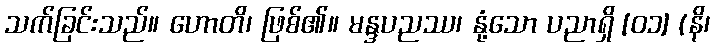
သက်ခြင်းသည်။ ဟောတိ၊ ဖြစ်၏။ မန္ဒပညဿ၊ နုံ့သော ပညာရှိ [၀၁] (နိ၊